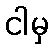
ငါမှ